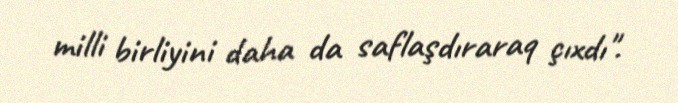
milli birliyini daha da saflaşdıraraq çıxdı".